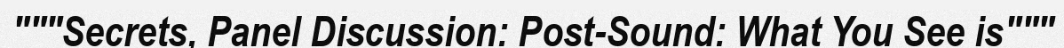
"""Secrets, Panel Discussion: Post-Sound: What You See is"""